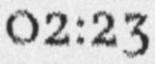
02:23